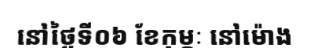
នៅថ្ងៃទី០៦ ខែកុម្ភៈ នៅម៉ោង